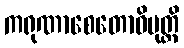
ကရုဏာစေတောဝိမုတ္တိ